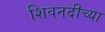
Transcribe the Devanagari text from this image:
शिवनदीच्या